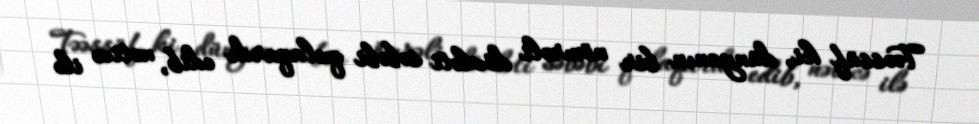
Təəssüf ki, dünyanın bir nömrəli dövləti səbəbi qulaqardı edib, nəticə ilə